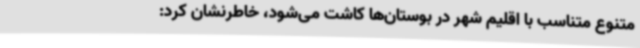
متنوع متناسب با اقلیم شهر در بوستان‌ها کاشت می‌شود، خاطرنشان کرد: